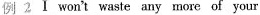
例 2 Ⅰ won't waste any more of your